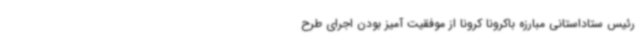
رئیس ستاداستانی مبارزه باکرونا کرونا از موفقیت آمیز بودن اجرای طرح